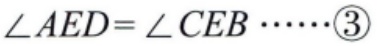
$\angle AED=\angle CEB\cdots\cdots\textcircled{3}$